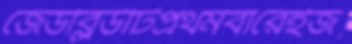
জেডব্লিউটিপ্রথমবারেইজ